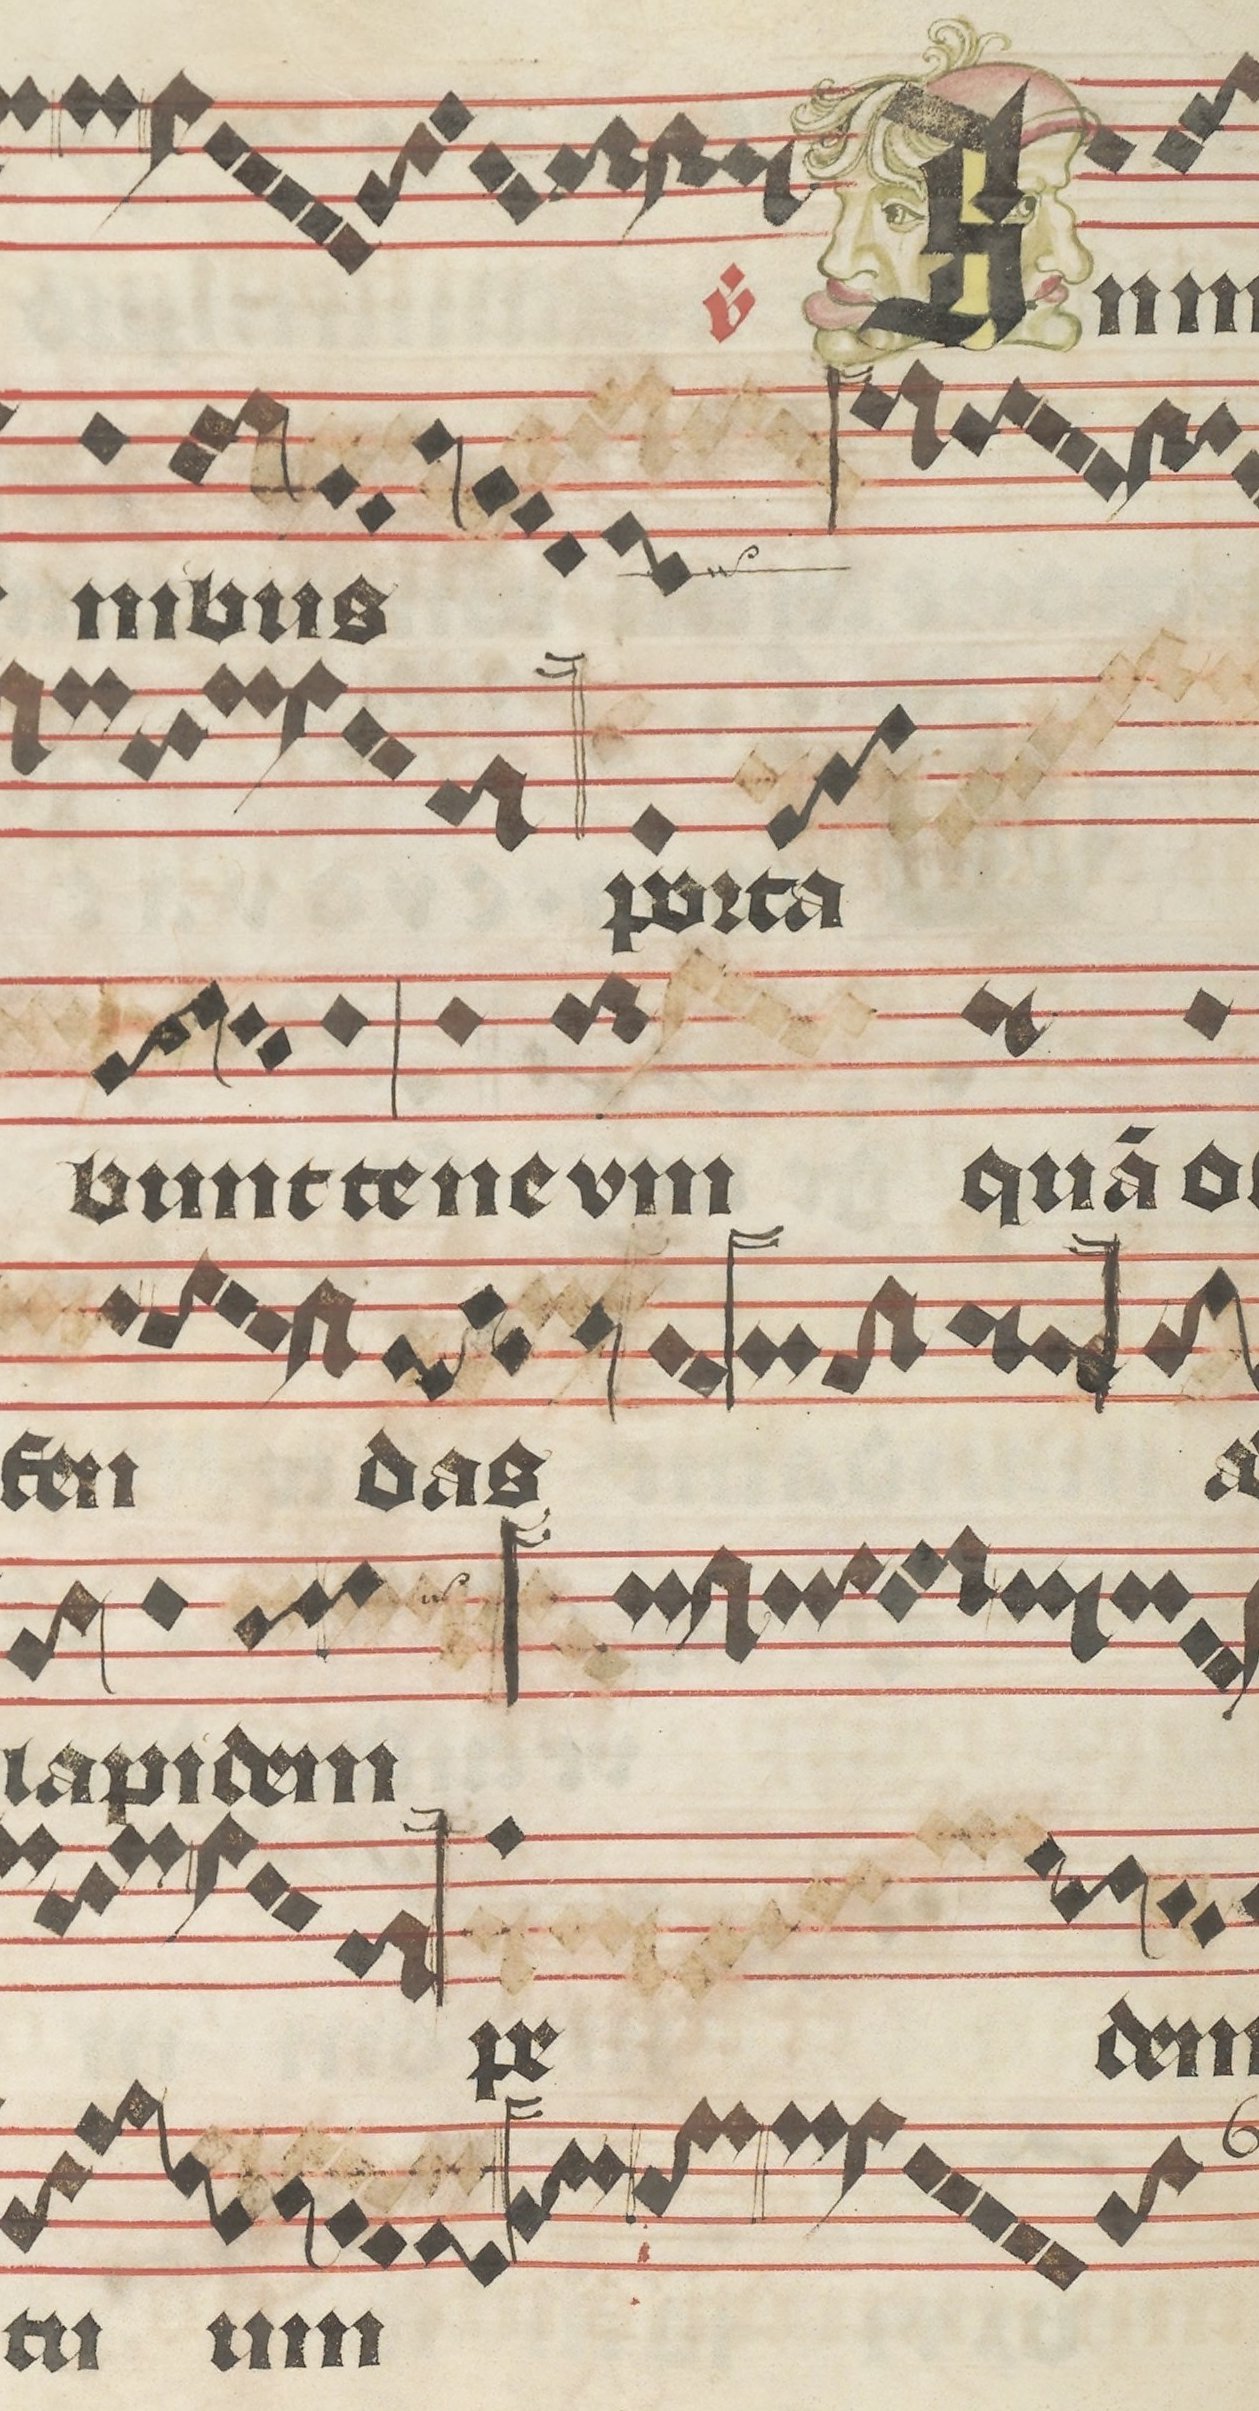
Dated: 1395–1425